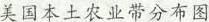
美国本土农业带分布图